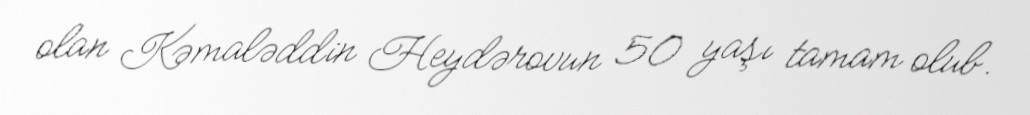
olan Kəmaləddin Heydərovun 50 yaşı tamam olub.